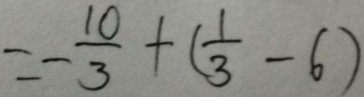
= - \frac { 1 0 } { 3 } + ( \frac { 1 } { 3 } - 6 )